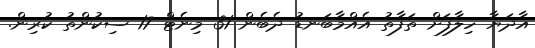
އާދަޔާ ހިލާފަށް ތަފާތު އެއްމާބަނޑު ދެބެން 31 މިނެޓް 17 ސިކުންތު ކުރިން.